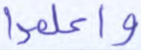
واعلموا